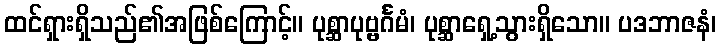
ထင်ရှားရှိသည်၏အဖြစ်ကြောင့်။ ပုစ္ဆာပုဗ္ဗင်္ဂမံ၊ ပုစ္ဆာရှေ့သွားရှိသော။ ပဒဘာဇနံ၊